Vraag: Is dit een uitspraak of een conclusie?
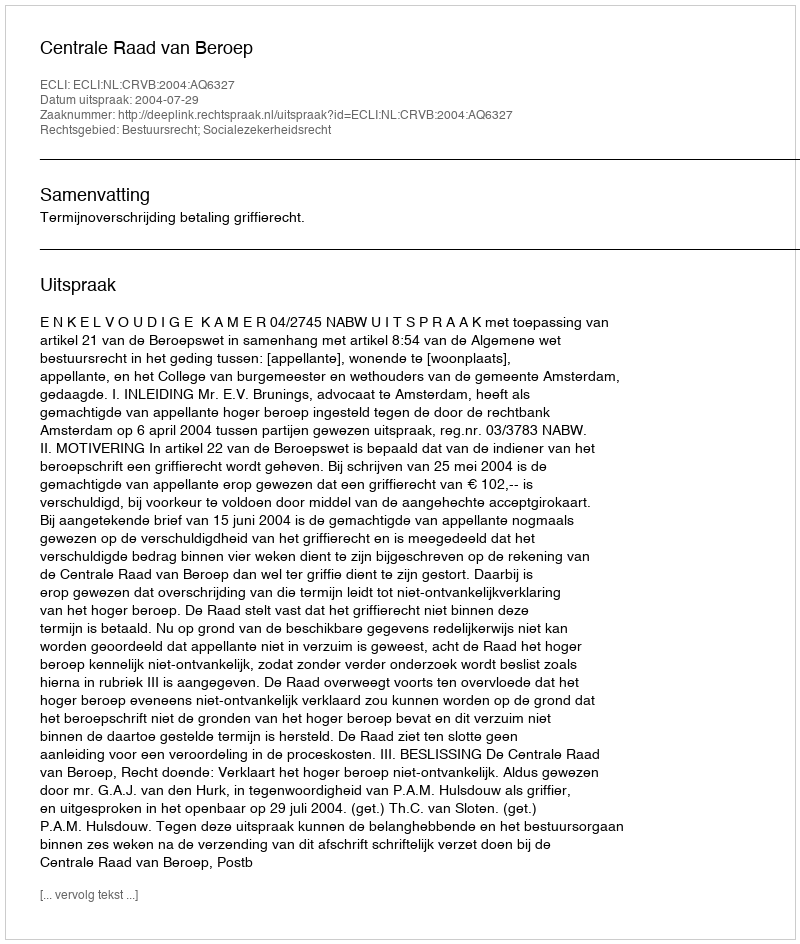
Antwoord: Uitspraak